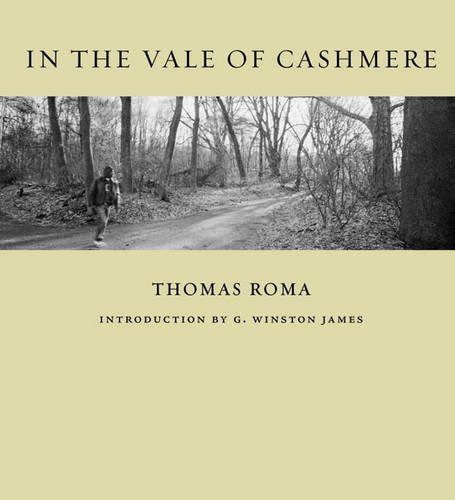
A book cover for In the Vale of Cashmere; Arts & Photography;